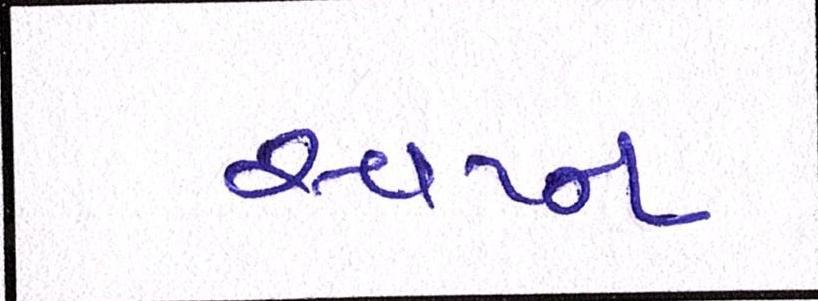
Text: સ્વપ્ન